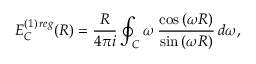
E _ { C } ^ { ( 1 ) \, r e g } ( R ) = \frac { R } { 4 \pi i } \oint _ { C } ^ { } \omega \, \frac { \cos { ( \omega R ) } } { \sin { ( \omega R ) } } \, d \omega ,